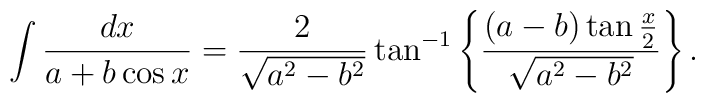
\int{dx\over a+b\cos x}={2\over\sqrt{a^2-b^2}}\tan^{-1}\left\{(a-b)\tan{x\over2}\over\sqrt{ a^2-b^2}\right\}.